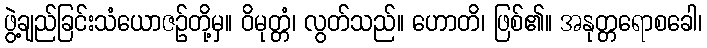
ဖွဲ့ချည်ခြင်းသံယောဇဉ်တို့မှ။ ဝိမုတ္တံ၊ လွတ်သည်။ ဟောတိ၊ ဖြစ်၏။ အနုတ္တရောစခေါ၊